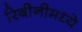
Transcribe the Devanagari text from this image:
रिबीनीमध्ये